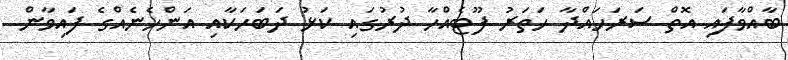
ބާއްވާފައި އޮތް ސަރަހައްދާ ހަތަރު ފޫޓެއްހާ ދުރުގައި ކަޅު ދަބަހަކާއި އަންހެނެއްގެ ފައިވާން